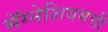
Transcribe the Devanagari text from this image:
मॅग्नेशियमची